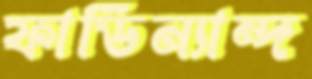
ফার্ডিন্যান্দ